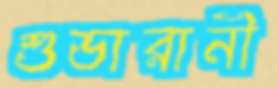
শুভারানী